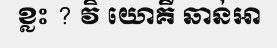
ខ្លះ ? វិ យោគី ឆាន់ឤ